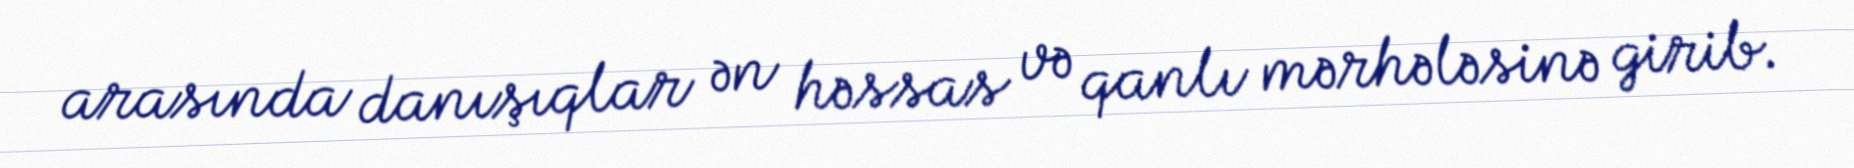
arasında danışıqlar ən həssas və qanlı mərhələsinə girib.